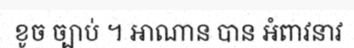
ខូច ច្បាប់ ។ អាណាន បាន អំពាវនាវ